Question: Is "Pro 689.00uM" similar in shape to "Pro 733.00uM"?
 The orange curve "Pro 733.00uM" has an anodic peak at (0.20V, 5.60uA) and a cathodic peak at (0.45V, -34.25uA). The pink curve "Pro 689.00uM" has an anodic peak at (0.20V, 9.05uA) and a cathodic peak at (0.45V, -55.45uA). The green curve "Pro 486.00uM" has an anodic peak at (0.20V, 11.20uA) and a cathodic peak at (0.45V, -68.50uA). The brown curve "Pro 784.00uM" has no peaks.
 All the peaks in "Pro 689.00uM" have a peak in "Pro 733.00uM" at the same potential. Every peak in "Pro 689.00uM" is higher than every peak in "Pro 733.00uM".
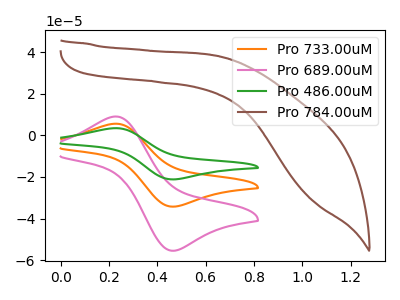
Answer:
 <answer>"Pro 689.00uM" and "Pro 733.00uM" are similar in shape.</answer>
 <eval>same_shape</eval>